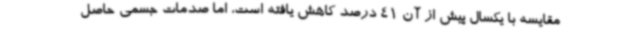
مقایسه با یکسال پیش از آن 41 درصد کاهش یافته است، اما صدمات جسمی حاصل